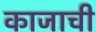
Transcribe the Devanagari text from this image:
काजाची